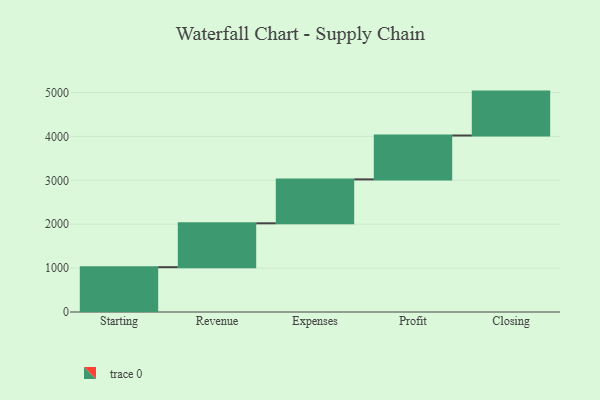
{"axis": {"x": "Step", "y": "Value"}, "legend": [""], "data": [{"x": "Starting", "y": 1021.0, "type": ""}, {"x": "Revenue", "y": 1000, "type": ""}, {"x": "Expenses", "y": 1000, "type": ""}, {"x": "Profit", "y": 1000, "type": ""}, {"x": "Closing", "y": 1000, "type": ""}]}